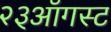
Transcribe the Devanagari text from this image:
२३ऑगस्ट